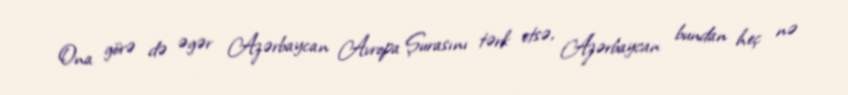
Ona görə də əgər Azərbaycan Avropa Şurasını tərk etsə, Azərbaycan bundan heç nə